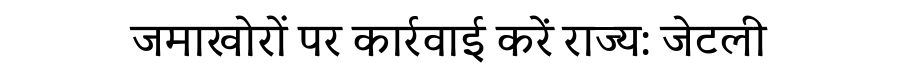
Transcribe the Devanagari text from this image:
जमाखोरों पर कार्रवाई करें राज्य: जेटली